Annual report of the Civil Veterinary Department, Bengal, and of the Bengal Veterinary College for the year 1904-1905 - 1904-1905
Year: 1904
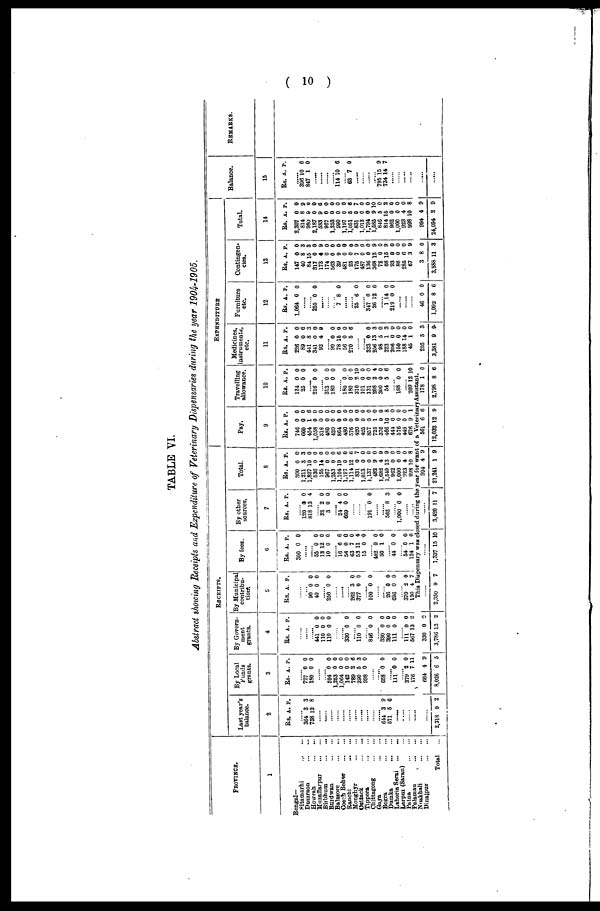
( 10 )
TABLE VI.
Abstract showing Receipts and Expenditure of Veterinary Dispensaries during the year 1904-1905.
PROVINCE.
1
Bengal—
Sitamarhi ... ...
Duraraon ... ...
Howrah ... ...
Muzaffarpur ... ...
Birbhum ... ...
Burdwan ... ...
Balasore ... ...
Cooch Behar ... ...
Ranchi ......
Monghyr ... ...
Cuttack ... ...
Tippera ... ...
Chittagong ... ...
Gaya ... ...
Bogra ... ...
Dumka ... ...
Laheria Serai ... ...
Larpue (Saran) ...
Patna ... ...
Palamau ... ...
Noakhali ... ...
Dinajpur
...
...
Total
...
Last year's
balance.
2
RS. A. P.
......
364 3 3
788 12 8
......
......
......
......
......
......
......
......
......
......
......
641 3 9
671 6 6
......
......
......
......
......
2,318 9 2
By Local
Funds
grants.
3
RS. A. P.
......
727 0 0
180 0 0
......
......
594 0 0
1,253 0 0
1,064 0 0
142 0 0
789 2 6
290 5 3
998 0 0
......
......
658 0 0
......
111 0 0
......
379 2 0
176 7 11
664 4 9
8,026 6 5
By Govern-
ment
grants.
4
RS. A. P.
......
......
......
441 0 0
110 0 0
110 0 0
......
......
330 0 0
......
110 0 0
......
816 0 0
......
330 0 0
390 0 0
111 0 0
......
111 0 0
567 13 2
......
330 0 0
3,786 13 2
RECEIPTS.
By Municipal
contribu-
tion.
5
RS. A. P.
......
......
90 0 0
40 0 0
......
250 0 0
......
......
......
262 3 0
377 0 0
......
100 0 0
......
......
26 0 0
696 0 0
......
379 2 0
130 4 7
By fees.
6
RS. A. P.
300 0 0
......
......
55 0 0
13 12 0
10 0 0
......
16 6 6
56 0 0
63 7 0
53 11 4
15 0 0
......
482 9 0
50 1 0
......
44 0 0
......
54 0 0
124 1 0
By other
sources,
7
RS. A. P.
......
120 9 0
818 13 4
......
32 2 0
3 0 0
......
24 4 0
669 0 0
......
......
......
191 0 0
......
......
562 8 3
......
1,000 0 0
......
......
Total.
8
RS. A. P.
300 0 0
1,211 3 3
1,827 10 0
536 0 0
155 14 0
967 0 0
1,253 0 0
1,104 10 6
1,197 0 0
1,114 12 6
831 0 7
1,013 0 0
1,137 0 0
482 9 0
1,682 4 9
1,549 13 9
962 0 0
1,000 0 0
923 4 0
998 10 8
Pay.
9
RS. A. P.
746 0 0
660 0 0
454 1 6
1,058 0 0
318 0 0
480 0 0
420 0 0
864 0 0
480 0 0
576 0 0
420 0 0
425 0 0
857 0 0
725 1 0
376 0 0
466 10 8
444 0 0
576 0 0
449 0 0
676 9 1
Travelling
allowance.
10
RS. A. P.
124 0 0
25 0 0
......
216 0 0
......
313 0 0
180 0 0
......
180 0 0
180 0 0
210 2 10
101 0 0
131 0 0
208 2 4
300 0 0
54 5 6
......
188 0 0
......
209 12 10
This Dispensary was closed during the year for want of a Veterinary Assistant.
......
2,350 9 7
......
1,337 15 10
......
3,420 11 7
994 4 9
21,241 1 9
561 6 6
12,032 12 9
178 1 0
2,798 8 6
EXPENDITURE
Medicines,
instruments,
etc.
11
RS. A. P.
226 0 0
89 0 6
441 8 3
341 0 0
92 4 9
......
90 0 0
78 15 0
56 0 0
270 5 6
......
......
323 0 0
256 13 3
98 5 0
223 1 3
206 0 0
150 0 0
188 14 0
45 1 0
205 5 3
3,381 9 9
Furniture
etc.
12
RS. A. P.
1,064 0 0
......
......
255 0 0
......
......
......
7 8 0
......
......
25 6 0
......
347 0 0
26 12 6
......
1 14 0
219 0 0
......
......
......
46 0 0
1,992 8 6
Contingen-
cies.
13
RS. A. P.
147 0 0
40 8 3
84 15 3
317 0 0
173 4 9
174 0 0
563 0 0
39 9 0
481 0 0
25 0 0
175 7 9
487 0 0
136 0 0
368 12 9
72 0 0
68 15 9
93 0 0
86 0 0
285 6 0
67 3 9
3 8 0
3,888 11 3
Total.
14
RS. A. P.
2,307 0 0
814 8 9
980 9 0
2,187 0 0
583 9 6
967 0 0
1,253 0 0
990 0 0
1,197 0 0
1,051 5 6
831 0 7
1,013 0 0
1,794 0 0
1,585 9 10
846 5 0
814 15 2
962 0 0
1,000 0 0
923 4 0
998 10 8
994 4 9
24,094 2 9
Balance.
15
RS. A. P.
......
396 10 6
847 1 0
......
......
......
......
114 10 6
......
63 7 0
......
......
......
......
795 15 9
734 14 7
......
......
......
......
......
......
REMARKS.